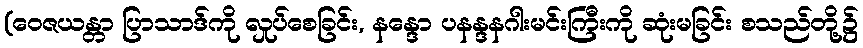
(ဝေဇယန္တာ ပြာသာဒ်ကို လှုပ်စေခြင်း, နန္ဒော ပနန္ဒနဂါးမင်းကြီးကို ဆုံးမခြင်း စသည်တို့၌